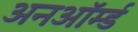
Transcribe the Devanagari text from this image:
अनऑर्म्ड